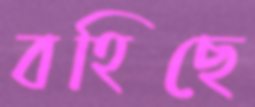
বহিছে